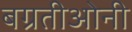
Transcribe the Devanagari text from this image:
बग्रतीओनी